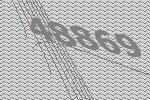
48869